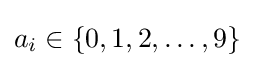
a_{i}\in \{0,1,2,\ldots ,9\}